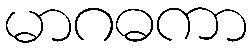
မာဂဓကာ